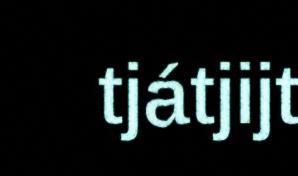
tjátjijt